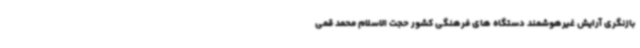
بازنگری آرایش غیرهوشمند دستگاه های فرهنگی کشور حجت الاسلام محمد قمی